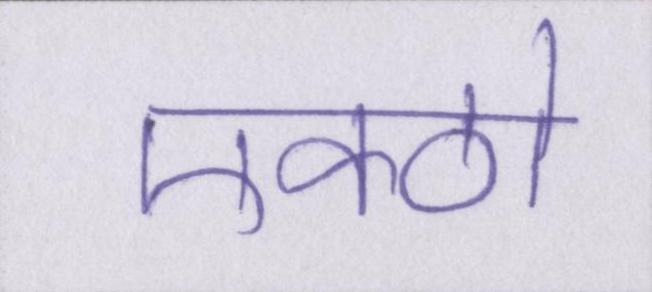
एक्ठो